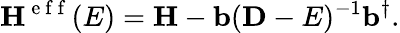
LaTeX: \mathbf{H}^{\mathrm{~e~f~f~}}(E)=\mathbf{H}-\mathbf{b}(\mathbf{D}-E)^{-1}\mathbf{b}^{\dagger}.